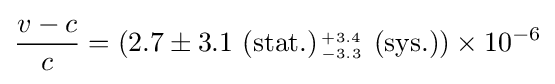
{\frac {v-c}{c}}=(2.7\pm 3.1\ (\mathrm {stat.} ){\scriptstyle {+3.4 \atop -3.3}}\ (\mathrm {sys.} ))\times 10^{-6}